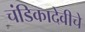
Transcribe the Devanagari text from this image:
चंडिकादेवीचे